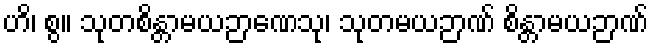
ဟိ၊ စွ။ သုတစိန္တာမယဉာဏေသု၊ သုတမယဉာဏ် စိန္တာမယဉာဏ်